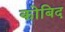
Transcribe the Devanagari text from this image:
कोबिद